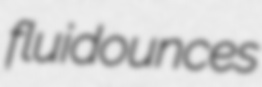
fluidounces